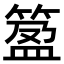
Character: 𥯰